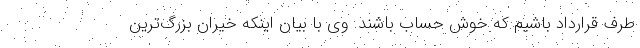
طرف قرارداد باشیم که خوش حساب باشند. وی با بیان اینکه خیران بزرگ‌ترین